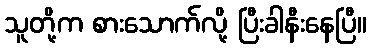
သူတို့က စားသောက်လို့ ပြီးခါနီးနေပြီ။